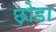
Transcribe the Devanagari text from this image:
छ़ोडा